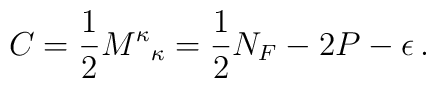
C = \frac{1}{2} {M^\kappa}_\kappa = \frac{1}{2} N_F - 2P - \epsilon \,.